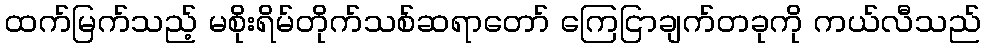
ထက်မြက်သည့် မစိုးရိမ်တိုက်သစ်ဆရာတော် ကြေငြာချက်တခုကို ကယ်လီသည်